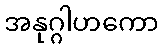
အနုဂ္ဂါဟကော